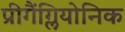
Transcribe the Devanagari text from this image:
प्रीगैंग्लियोनिक